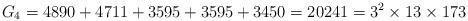
LaTeX: \begin{align*}G_4=4890+4711+3595+3595+3450=20241=3^2\times13\times173\end{align*}